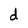
Character: d